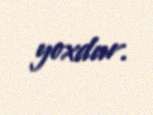
yoxdur.